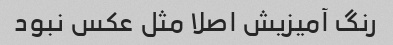
رنگ آمیزیش اصلا مثل عکس نبود